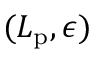
( L _ { \mathrm { p } } , \epsilon )